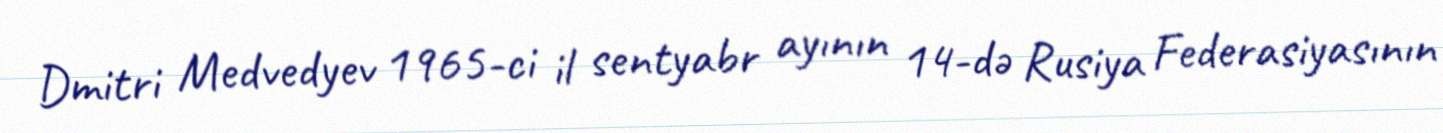
Dmitri Medvedyev 1965-ci il sentyabr ayının 14-də Rusiya Federasiyasının